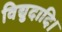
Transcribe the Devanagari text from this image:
विद्युदादि।